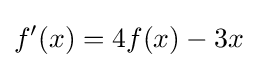
f'(x)=4f(x)-3x